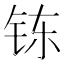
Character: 𲇷